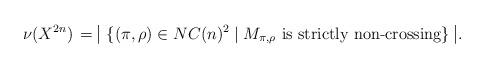
LaTeX: \begin{align*} \nu ( X^{2n} ) \, = \ \vline \, \{ ( \pi , \rho ) \in NC(n)^{2} \mid M_{\pi , \rho} \mbox{ is strictly non-crossing} \} \ \vline \, .\end{align*}